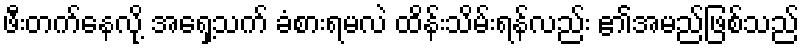
ဖီးတက်နေလို့ အရှေ့သက် ခံစားရမလဲ ထိန်းသိမ်းရန်လည်း ၏အမည်ဖြစ်သည်